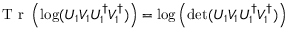
\mathrm { ~ T ~ r ~ } \left( \log ( U _ { 1 } V _ { 1 } U _ { 1 } ^ { \dagger } V _ { 1 } ^ { \dagger } ) \right) = \log \left( \operatorname* { d e t } ( U _ { 1 } V _ { 1 } U _ { 1 } ^ { \dagger } V _ { 1 } ^ { \dagger } ) \right)